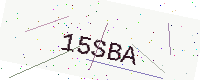
Text: 15SBA